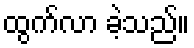
ထွက်လာ ခဲ့သည်။